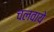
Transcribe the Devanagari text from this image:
चलवाये